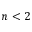
n < 2